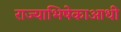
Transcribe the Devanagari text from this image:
राज्याभिषेकाआधी